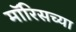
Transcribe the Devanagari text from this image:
मॉरिसच्या